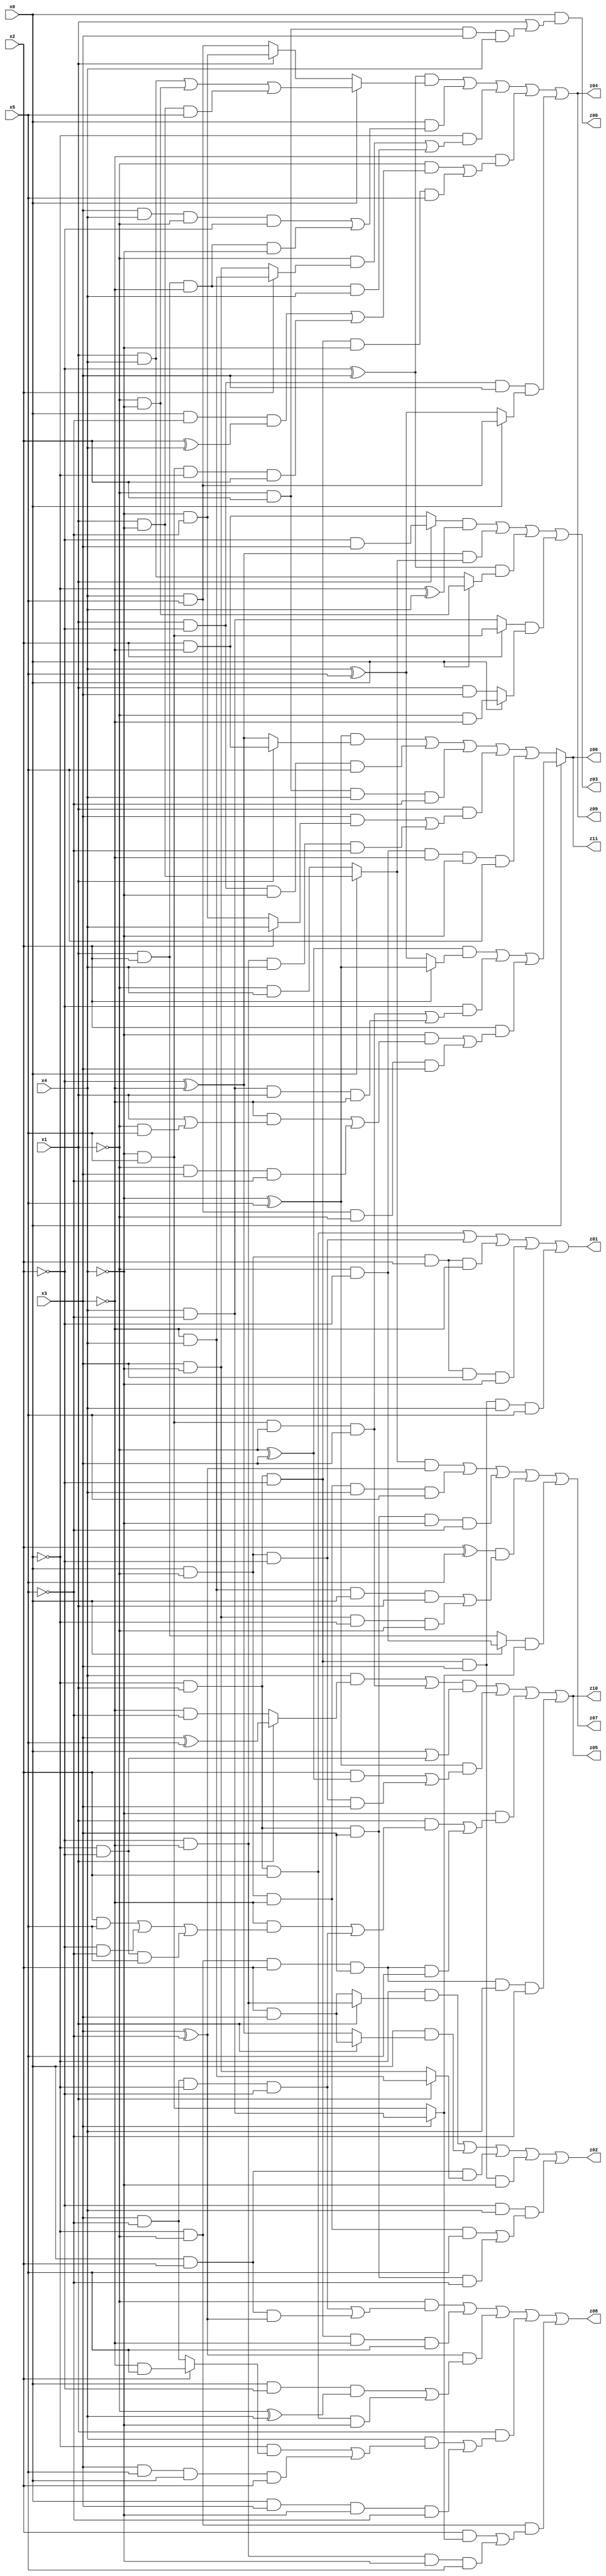
// Benchmark "q_1" written by ABC on Sat Jul 08 02:32:22 2023

module q_1 ( 
    x0, x1, x2, x3, x4, x5,
    z00, z01, z02, z03, z04, z05, z06, z07, z08, z09, z10, z11  );
  input  x0, x1, x2, x3, x4, x5;
  output z00, z01, z02, z03, z04, z05, z06, z07, z08, z09, z10, z11;
  assign z00 = x0 & (x1 | (~x1 & x2 & x3 & x4));
  assign z01 = (~x0 & x1 & x2) | (x0 & ~x1 & ~x2) | (x0 & ~x1 & x2 & ~x3) | (x0 & ~x1 & x2 & x3 & ~x4) | (~x0 & x1 & ~x2 & x3 & x4 & x5);
  assign z02 = (~x0 & (x1 ? (~x2 & ~x3) : (x2 & x3))) | (x0 & (x1 ? (x2 & x3) : (~x2 ^ ~x3))) | (x0 & x2 & (x1 ? (~x3 & x4) : (x3 & ~x4))) | (~x0 & x1 & ~x2 & x3 & ~x4) | (~x2 & x4 & ((x0 & ~x1 & ~x3 & x5) | (~x0 & x1 & x3 & ~x5)));
  assign z03 = ((x1 ? (~x2 & x3) : (x2 & ~x3)) & (~x0 ^ x4)) | ((~x2 ^ ~x3) & (x0 ? (x1 & ~x4) : (~x1 & x4))) | ((~x2 ^ x3) & (x0 ? (~x1 & ~x4) : (x1 & x4))) | ((x2 ? (~x4 & x5) : (x4 & ~x5)) & (x0 ? (~x1 & ~x3) : (x1 & x3)));
  assign z04 = ((~x2 ^ x3) & (x0 ? ((x1 & x4) | (~x1 & ~x4) | (x1 & ~x4 & x5)) : (x1 ? (~x4 & ~x5) : (x4 & x5)))) | (x0 & ((x3 & x4 & ~x1 & ~x2) | (x1 & x2 & ~x3 & ~x4))) | (~x0 & ((~x1 & (x2 ? (~x3 & x4) : (x3 & ~x4))) | (x1 & x2 & ~x3 & x4))) | (~x3 & ((~x1 & ((x0 & ~x5 & (x2 ^ x4)) | (~x4 & x5 & ~x0 & x2))) | (~x0 & x1 & ~x2 & ~x4 & x5))) | (x1 & ~x2 & x3 & (x0 ? (x4 & x5) : (x4 ^ x5)));
  assign z05 = (((x4 & (x1 ? (x3 ^ x5) : (~x3 & ~x5))) | (~x4 & x5 & ~x1 & x3)) & (x0 | (~x0 & ~x2))) | ((~x4 ^ x5) & ((x2 & (~x1 ^ x3)) | (x0 & ~x1 & ~x2 & x3))) | (~x4 & ((x1 & ((~x3 & ((x2 & x5) | (~x2 & ~x5) | (~x0 & ~x2 & x5))) | (x3 & ~x5 & ~x0 & ~x2))) | (~x0 & ~x1 & x2 & x3 & x5))) | (~x0 & ~x1 & x2 & x3 & x4 & ~x5);
  assign z06 = x0 ? (((~x1 ^ x3) & (x2 ? (~x4 ^ x5) : (x4 ^ x5))) | (~x2 & ((~x4 & x5 & ~x1 & x3) | (x4 & ~x5 & x1 & ~x3))) | (x2 & ((~x4 & ((~x3 & (x1 | (~x1 & x5))) | (~x1 & x3 & ~x5))) | (x4 & x5 & ~x1 & x3)))) : (((~x4 ^ x5) & (x1 ? (x2 & ~x3) : (~x2 ^ ~x3))) | (x1 & ~x2 & ~x4 & x5) | (~x1 & x2 & x4 & ~x5) | (x1 & ((x3 & (x2 ? x4 : (~x4 & ~x5))) | (~x2 & ~x3 & x4 & ~x5))) | (~x1 & ~x2 & ~x3 & ~x4 & x5));
  assign z07 = ((x0 ? (x1 & ~x4) : (~x1 & x4)) & (x3 ^ ~x5)) | (x0 & ~x1 & ~x3 & x4 & x5) | (~x0 & x1 & x3 & ~x4 & ~x5) | ((x2 ^ x5) & ((~x3 & x4 & x0 & x1) | (x3 & ~x4 & ~x0 & ~x1))) | ((x0 ? (~x1 & ~x2) : (x1 & x2)) & (x3 ? (x4 & ~x5) : (~x4 & x5)));
  assign z08 = (~x1 & ((x3 & ~x5 & ~x0 & ~x2) | (x0 & x2 & (x3 ^ ~x5)))) | (~x0 & x1 & ~x2 & ~x3 & x5) | ((x3 ^ ~x5) & ((x0 & ~x2 & (~x1 ^ x4)) | (~x0 & x1 & x2 & ~x4))) | (x1 & ((x4 & ((~x0 & (x2 ? (~x3 & x5) : (x3 & ~x5))) | (x3 & x5 & x0 & x2))) | (x0 & x3 & ~x4 & ~x5))) | (~x0 & ~x1 & ((x2 & (x3 ? (x4 & ~x5) : (~x4 & x5))) | (~x2 & ~x3 & ~x4 & x5)));
  assign z09 = ((~x2 ^ x3) & (x0 ? ((x1 & x4) | (~x1 & ~x4) | (x1 & ~x4 & x5)) : (x1 ? (~x4 & ~x5) : (x4 & x5)))) | (x0 & ((x3 & x4 & ~x1 & ~x2) | (x1 & x2 & ~x3 & ~x4))) | (~x0 & ((~x1 & (x2 ? (~x3 & x4) : (x3 & ~x4))) | (x1 & x2 & ~x3 & x4))) | (~x3 & ((~x1 & ((x0 & ~x5 & (x2 ^ x4)) | (~x4 & x5 & ~x0 & x2))) | (~x0 & x1 & ~x2 & ~x4 & x5))) | (x1 & ~x2 & x3 & (x0 ? (x4 & x5) : (x4 ^ x5)));
  assign z10 = (((x4 & (x1 ? (x3 ^ x5) : (~x3 & ~x5))) | (~x4 & x5 & ~x1 & x3)) & (x0 | (~x0 & ~x2))) | ((~x4 ^ x5) & ((x2 & (~x1 ^ x3)) | (x0 & ~x1 & ~x2 & x3))) | (~x4 & ((x1 & ((~x3 & ((x2 & x5) | (~x2 & ~x5) | (~x0 & ~x2 & x5))) | (x3 & ~x5 & ~x0 & ~x2))) | (~x0 & ~x1 & x2 & x3 & x5))) | (~x0 & ~x1 & x2 & x3 & x4 & ~x5);
  assign z11 = x0 ? (((~x1 ^ x3) & (x2 ? (~x4 ^ x5) : (x4 ^ x5))) | (~x2 & ((~x4 & x5 & ~x1 & x3) | (x4 & ~x5 & x1 & ~x3))) | (x2 & ((~x4 & ((~x3 & (x1 | (~x1 & x5))) | (~x1 & x3 & ~x5))) | (x4 & x5 & ~x1 & x3)))) : (((~x4 ^ x5) & (x1 ? (x2 & ~x3) : (~x2 ^ ~x3))) | (x1 & ~x2 & ~x4 & x5) | (~x1 & x2 & x4 & ~x5) | (x1 & ((x3 & (x2 ? x4 : (~x4 & ~x5))) | (~x2 & ~x3 & x4 & ~x5))) | (~x1 & ~x2 & ~x3 & ~x4 & x5));
endmodule